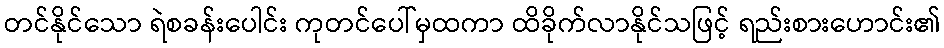
တင်နိုင်သော ရဲစခန်းပေါင်း ကုတင်ပေါ်မှထကာ ထိခိုက်လာနိုင်သဖြင့် ရည်းစားဟောင်း၏